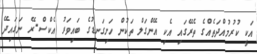
އަކީ ކުރުމުއްދަތެއްގެ ތެރޭގައި އެކި އޭންގަލް ތަކުން ހަށިގަނޑުގެ ބައިވަރު އެކްސް-ރޭ ނަގައިދޭ